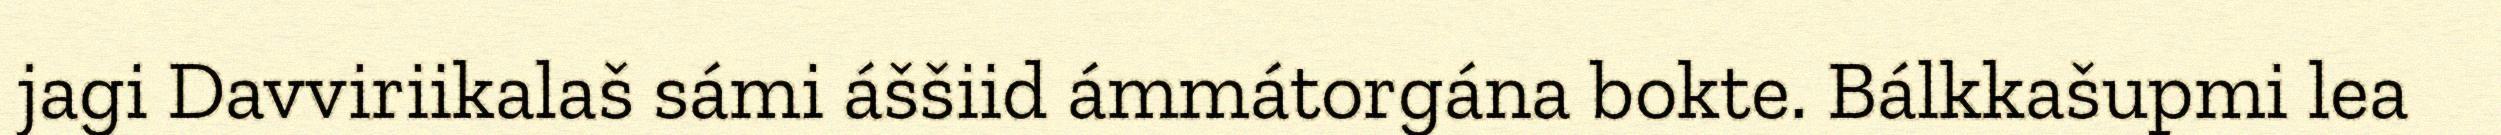
jagi Davviriikalaš sámi áššiid ámmátorgána bokte. Bálkkašupmi lea